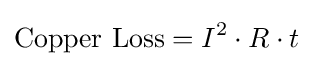
{\mbox{Copper Loss}}=I^{2}\cdot R\cdot t